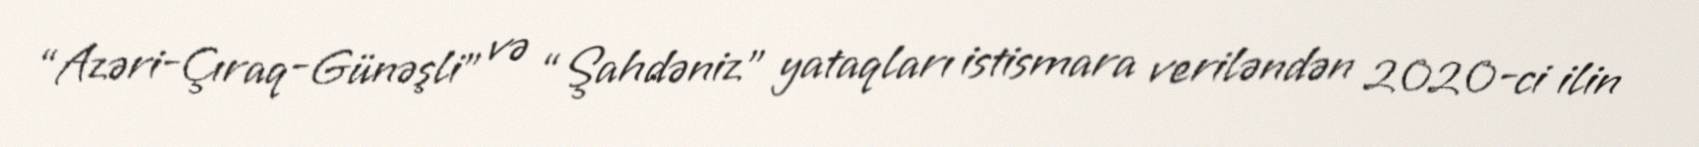
“Azəri-Çıraq-Günəşli” və “Şahdəniz” yataqları istismara veriləndən 2020-ci ilin